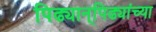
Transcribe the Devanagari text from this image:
पिढ्यान्‌पिढ्यांच्या